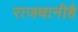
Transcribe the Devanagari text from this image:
राजधानीहै